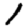
Digit: 1